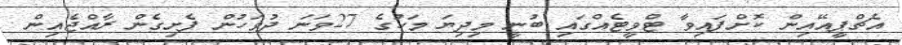
އެޗްޕީއޭއިން ކޮށްފައިވާ ޓްވީޓެއްގައި ބުނީ މިދިޔަ މަހުގެ 27ވަނަ ދުވަހުން ފެށިގެން ރާއްޖެއިން